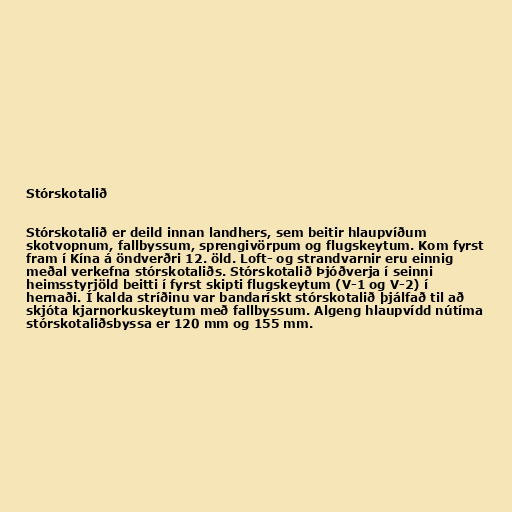
Stórskotalið

Stórskotalið er deild innan landhers, sem beitir hlaupvíðum
skotvopnum, fallbyssum, sprengivörpum og flugskeytum. Kom fyrst
fram í Kína á öndverðri 12. öld. Loft- og strandvarnir eru einnig
meðal verkefna stórskotaliðs. Stórskotalið Þjóðverja í seinni
heimsstyrjöld beitti í fyrst skipti flugskeytum (V-1 og V-2) í
hernaði. Í kalda stríðinu var bandarískt stórskotalið þjálfað til að
skjóta kjarnorkuskeytum með fallbyssum. Algeng hlaupvídd nútíma
stórskotaliðsbyssa er 120 mm og 155 mm.